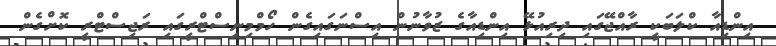
އިންޑިއާ ކްލަބަކީ ރާއްޖޭގައި ދިރިއުޅޭ އިންޑިއާގެ ޒުވާނުން އިސްނަގައިގެން ހޯމްމިނިސްޓްރީގައި ރަޖިސްޓްރީ ކޮށްގެން